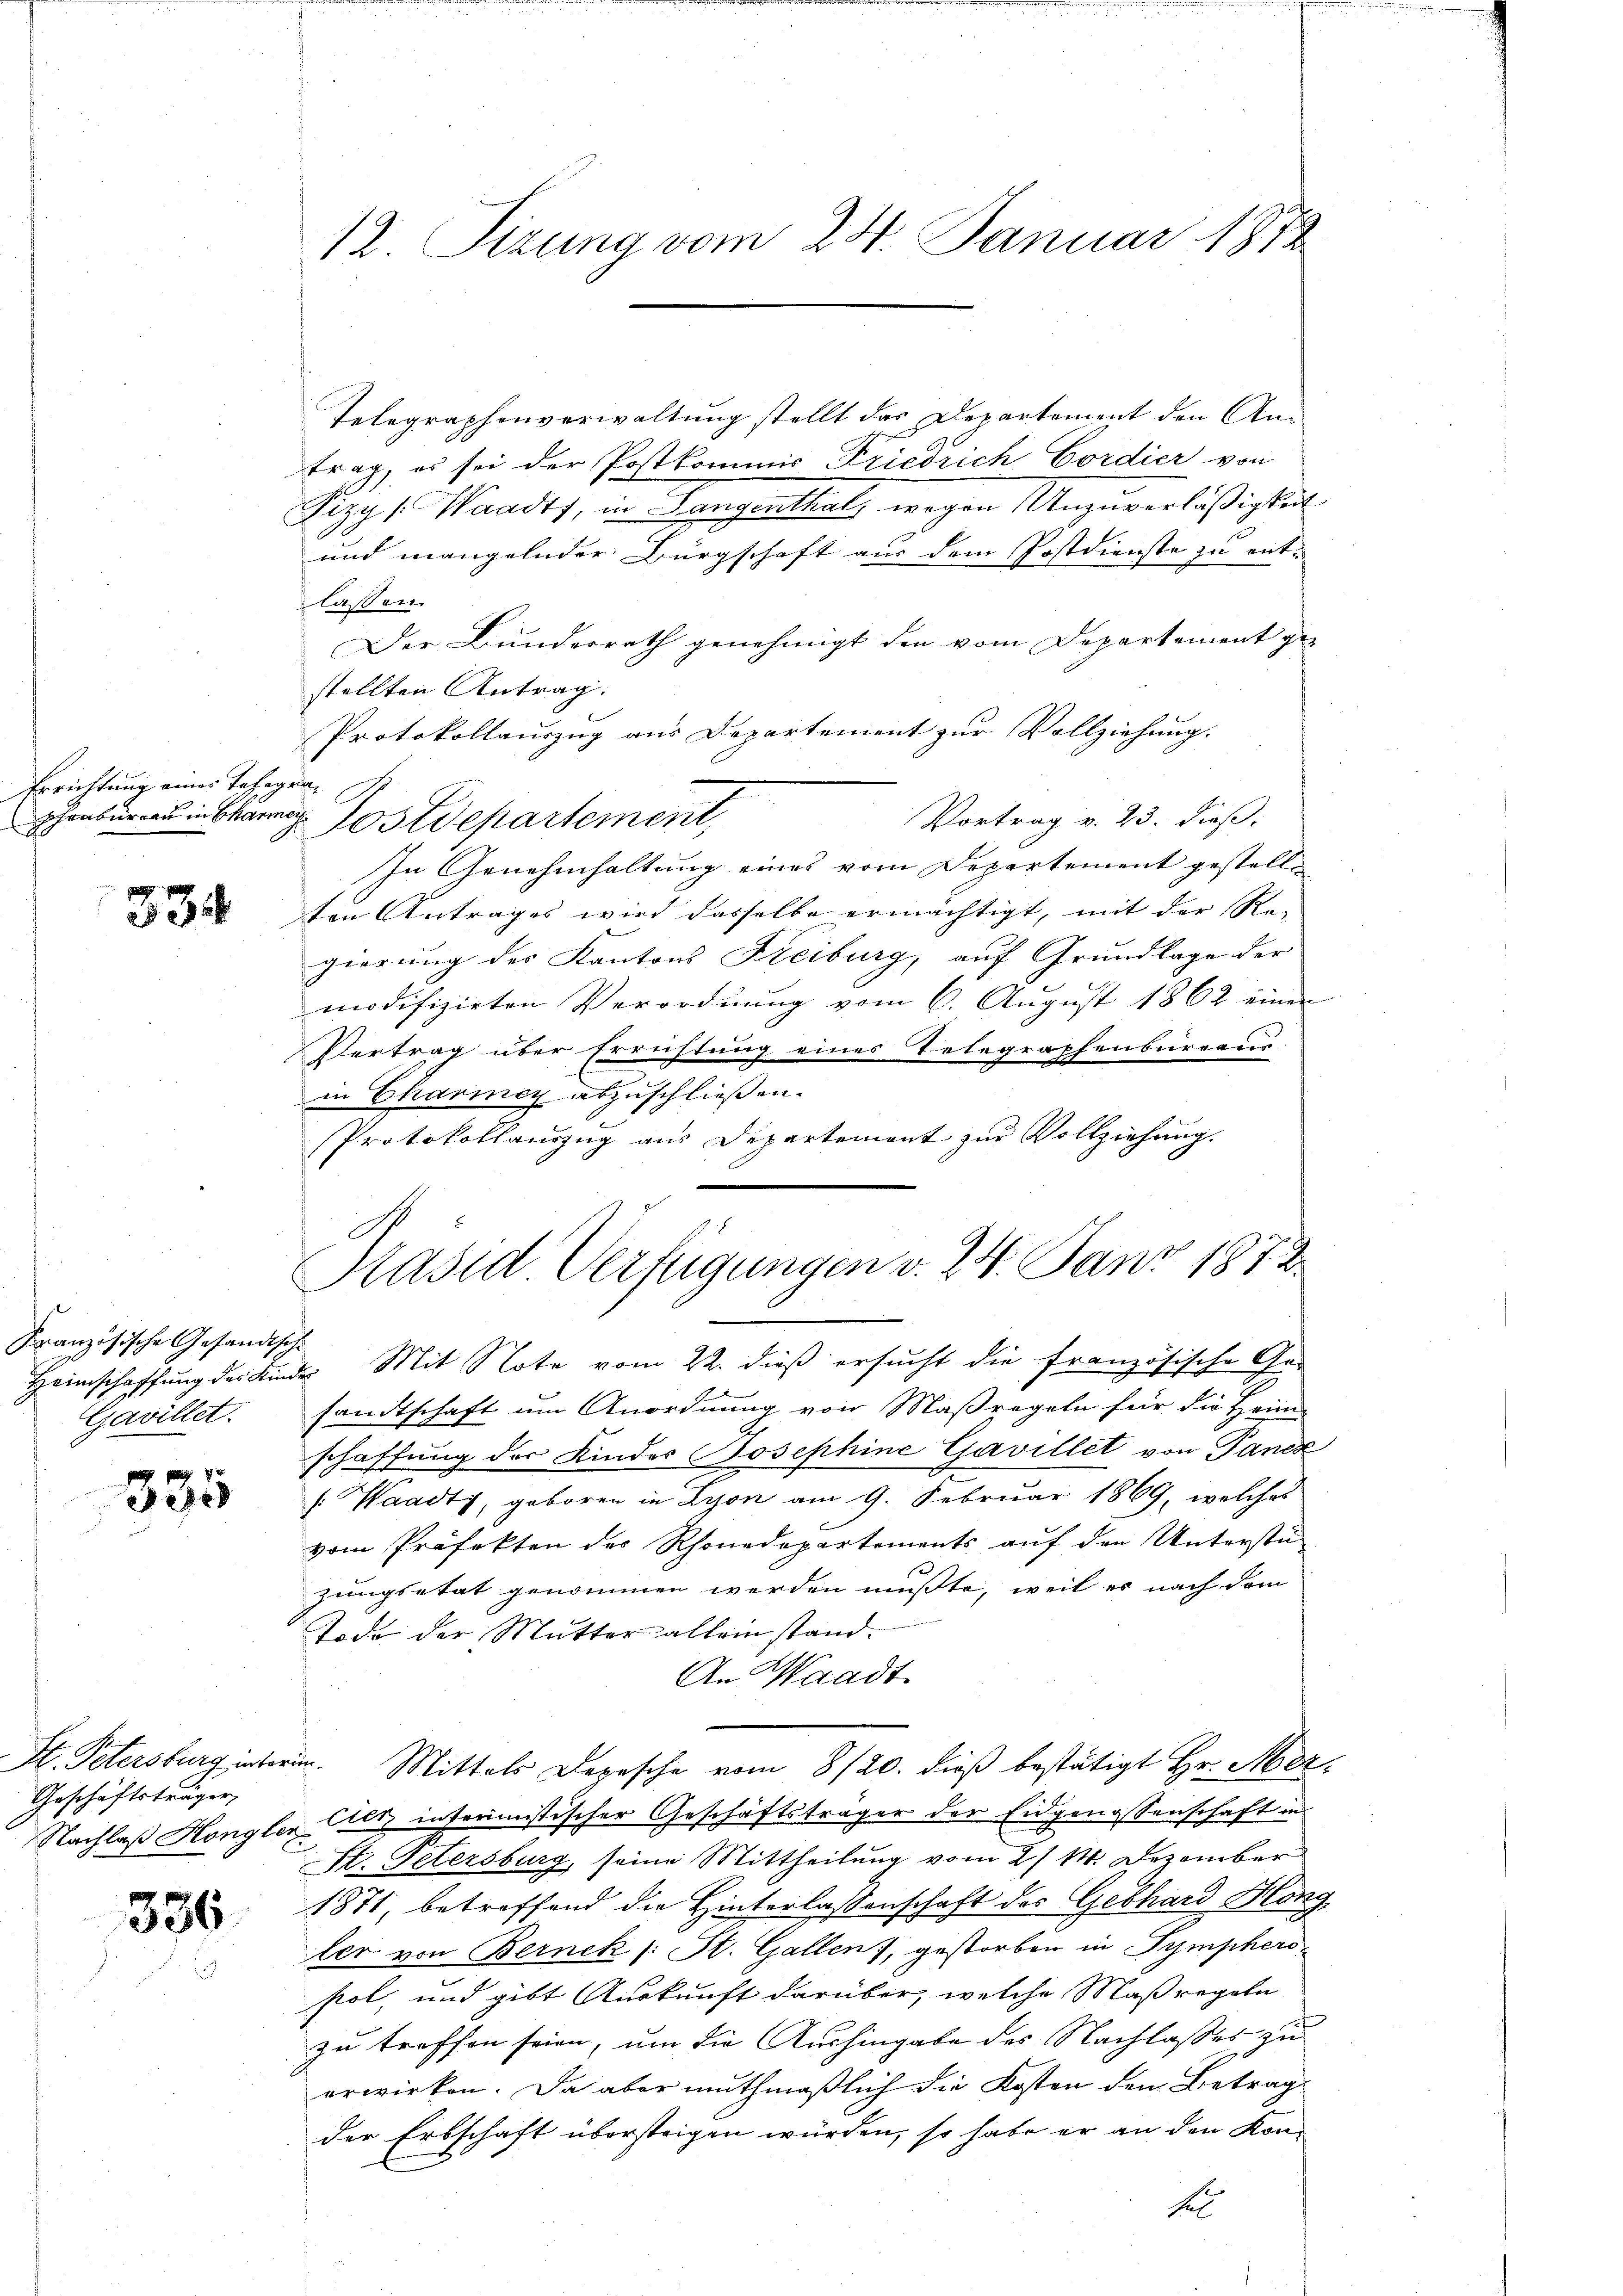
Errichtung eines Telegen¬

33

Kranzösische Gesandtschi
Gavillet.

8

Geschäftsträger,

386.

12. Sizung vom 24. Januar 1872

Telegraphenverwaltung stellt das Departement den Antrag, es sei der Postkommis Friedrich Cordier von
Fizy (Waadt, in Gangenthal, wegen Unzuverläßigkeit.
und mangelnder Bürgschaft aus dem Postdienste zu ent-
lassen.
Der Bunderrath genehmigt den vom Departement ge-
stellten Antrag.
Protokollauszug aus Departement zur Vollziehung.
phenbureau in Charner Postdepartement,
Vortrag v. 23. dieß.
In Genehmhaltung eines vom Departement gestelle
ten Antrages wird dasselbe ermächtigt, mit der Re-
gierung des Kantons Freiburg, auf Grundlage der
modifizirten Verordnung vom 6. August 1862 einen
Vertrag über Errichtung eines Telegraphenbureaus
in Chariner abzuschließen.
Protokollauszug aus Departement zur Vollziehung.
Heimschaffung des Kinde Mit Note vom 22. dieß ersucht die französische Ge-
sandtschaft um Anordnung von Maßregeln für die Heim
schaffung der Kinder Josephine Gavillet von Pancz
s: Waadt, geboren in Lyon am 9. Februar 1869, welches
vom Präfekten der Rhonadepartements aŭf den Unterstü-
zungsetat genommen werden müßte, weil es nach dem
Tode der Mutter alleinstand.
An Waadt.
St. Petersburg interin. Mittels Depesche vom 8/20. dieß bestätigt Hr. Mer¬
Nachlaß Kongler les interimistischer Geschäftsträger der Eidgenossenschaft in
St. Petersburg, seine Mittheilung vom 2./14. Dezember
1871, betreffend die Hinterlassenschaft des Gebhard Klang
ler von Bernek (: St. Gallen), gestorben in Sympherosol, und gibt Auskunft darüber, welche Maßregeln
zu treffen seien, um die Aushingabe des Nachlasses zu
erwirken. Da aber muthmaßlich die Kosten den Betrag
der Erbschaft übersteigen würden, so habe er an den Konsel

96
Präsid. Verfügungen v. 24. Janz 1872